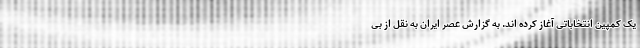
یک کمپین انتخاباتی آغاز کرده اند. به گزارش عصر ایران به نقل از بی